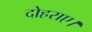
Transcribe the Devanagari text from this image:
दोहराए।